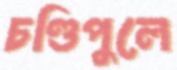
চণ্ডিপুলে